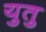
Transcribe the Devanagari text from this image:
युतु